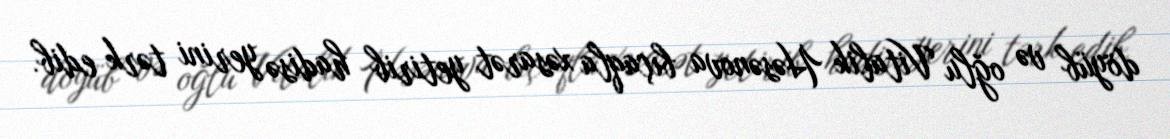
döyüb və oğlu Vitalik Həsənova bıçaqla xəsarət yetirib hadisə yerini tərk edib.